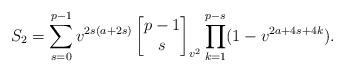
LaTeX: \begin{align*} S_2 &= \sum_{s=0}^{p-1} v^{2s(a+2s)}\begin{bmatrix}p-1\\s\end{bmatrix}_{v^2} \prod_{k=1}^{p-s} (1-v^{2a+4s+4k}).\end{align*}